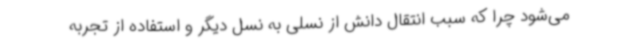
می‌شود چرا که سبب انتقال دانش از نسلی به نسل دیگر و استفاده از تجربه